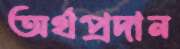
অর্থপ্রদান